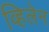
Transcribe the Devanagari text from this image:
व्हिलेन